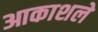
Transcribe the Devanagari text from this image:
आकाशले